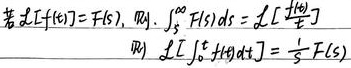
若\(\mathcal{L}[f(t)] = F(s)\)，则：
\(\textcircled{1}\) \(\int_{s}^{\infty} F(s) \, ds = \mathcal{L}[\frac{f(t)}{t}]\)
\(\textcircled{2}\) \(\mathcal{L}[\int_{0}^{t} f(\tau) \, d\tau] = \frac{1}{s}F(s)\)